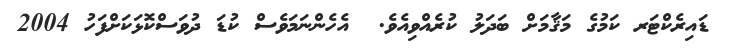
ޑައިރެކްޓަރ ކަމުގެ މަޤާމަށް ބަދަލު ކުރެއްވިއެވެ.  އެހެންނަމަވެސް ކުޑަ ދުވަސްކޮޅަކަށްފަހު 2004